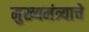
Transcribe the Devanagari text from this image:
मुख्यमंत्र्याचे